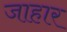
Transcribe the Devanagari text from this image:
जाहार